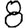
Digit: 8